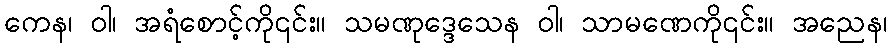
ကေန၊ ဝါ၊ အရံစောင့်ကို၎င်း။ သမဏုဒ္ဒေသေန ဝါ၊ သာမဏေကို၎င်း။ အညေန၊